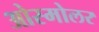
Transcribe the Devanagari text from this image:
ओस्मोलर